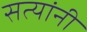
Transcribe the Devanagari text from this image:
सत्यांनी